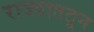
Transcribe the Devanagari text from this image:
राज्याततून